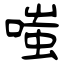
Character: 嗤